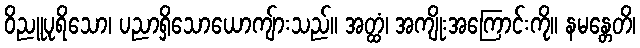
ဝိညူပုရိသော၊ ပညာရှိသောယောကျ်ားသည်။ အတ္ထံ၊ အကျိုးအကြောင်းကို။ နမန္တေတိ၊